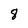
Character: 8